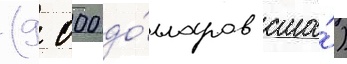
(9 000 до́лларов сша́)